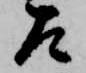
左